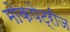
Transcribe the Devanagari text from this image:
मोकपेट्रीज